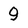
Character: 9